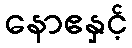
နောဧနှင့်